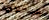
بسجلات